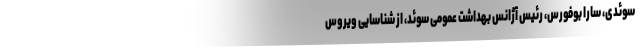
سوئدی، سارا بوفورس، رئیس آژانس بهداشت عمومی سوئد، از شناسایی ویروس